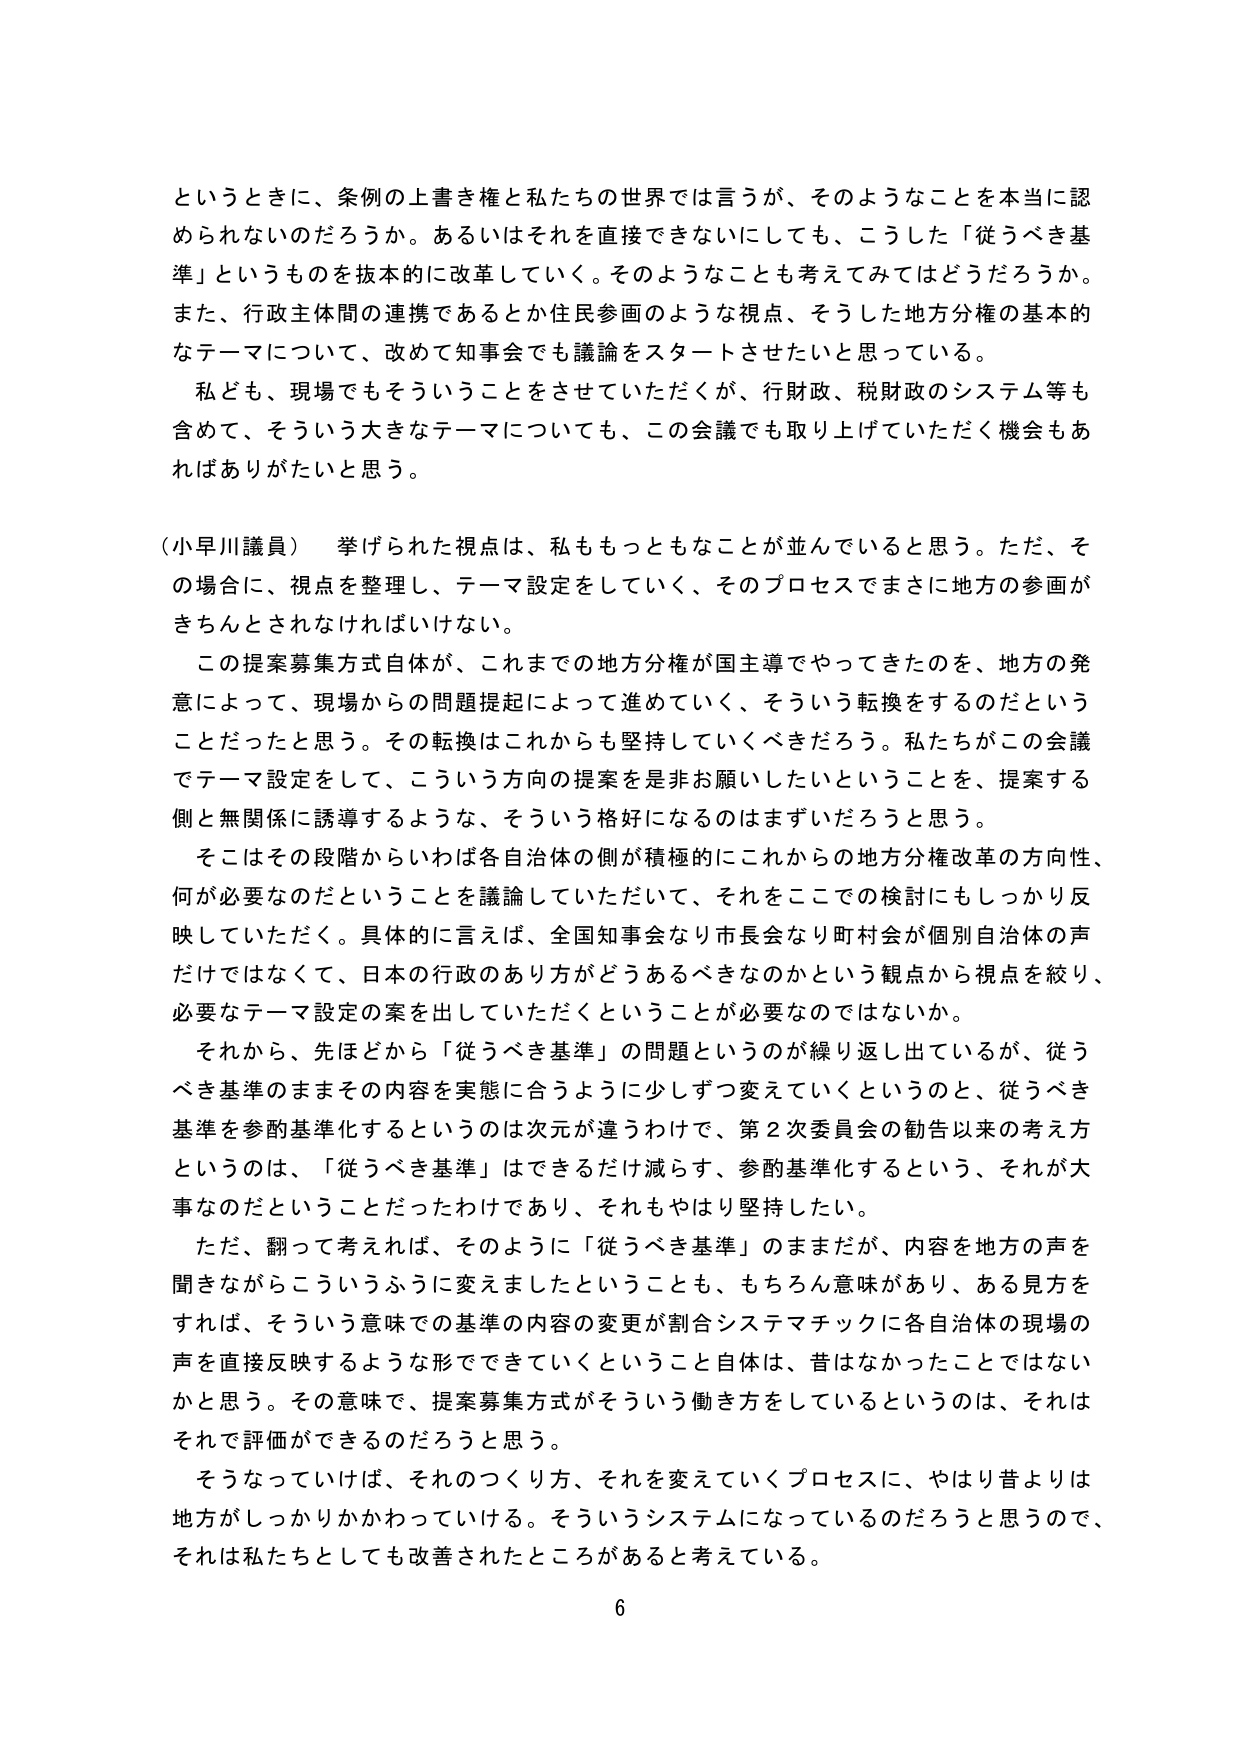
というときに、条例の上書き権と私たちの世界では言うが、そのようなことを本当に認められないのだろうか。あるいはそれを直接できないにしても、こうした「従うべき基準」というものを抜本的に改革していく。そのようなことも考えてみてはどうだろうか。また、行政主体間の連携であるとか住民参画のような視点、そうした地方分権の基本的なテーマについて、改めて知事会でも議論をスタートさせたいと思っている。

私ども、現場でもそういうことをさせていただくが、行財政、税財政のシステム等も含めて、そういう大きなテーマについても、この会議でも取り上げていただく機会もあればありがたいと思う。

（小早川議員） 挙げられた視点は、私ももっともなことが並んでいると思う。ただ、その場合に、視点を整理し、テーマ設定をしていく、そのプロセスでまさに地方の参画がきちんとされなければいけない。

この提案募集方式自体が、これまでの地方分権が国主導でやってきたのを、地方の発意によって、現場からの問題提起によって進めていく、そういう転換をするのだということだったと思う。その転換はこれからも堅持していくべきだろう。私たちがこの会議でテーマ設定をして、こういう方向の提案を是非お願いしたいということを、提案する側と無関係に誘導するような、そういう格好になるのはまずいだろうと思う。

そこはその段階からいわば各自治体の側が積極的にこれからの地方分権改革の方向性、何が必要なのだということを議論していただいて、それをここでの検討にもしっかり反映していただく。具体的に言えば、全国知事会なり市長会なり町村会が個別自治体の声だけではなくて、日本の行政のあり方がどうあるべきなのかという観点から視点を絞り、必要なテーマ設定の案を出していただくということが必要なのではないか。

それから、先ほどから「従うべき基準」の問題というのが繰り返し出ているが、従うべき基準のままその内容を実態に合うように少しずつ変えていくというのと、従うべき基準を参酌基準化するというのは次元が違うわけで、第2次委員会の勧告以来の考え方というのは、「従うべき基準」はできるだけ減らす、参酌基準化するという、それが大事なのだということだったわけであり、それもやはり堅持したい。

ただ、翻って考えれば、そのように「従うべき基準」のままだが、内容を地方の声を聞きながらこういうふうに変えましたということも、もちろん意味があり、ある見方をすれば、そういう意味での基準の内容の変更が割合システマチックに各自治体の現場の声を直接反映するような形でできていくということ自体は、昔はなかったことではないかと思う。その意味で、提案募集方式がそういう働き方をしているというのは、それはそれで評価ができるのだろうと思う。

そうなっていけば、それのつくり方、それを変えていくプロセスに、やはり昔よりは地方がしっかりかかわっていける。そういうシステムになっているのだろうと思うので、それは私たちとしても改善されたところがあると考えている。

6